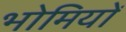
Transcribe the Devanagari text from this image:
भोमियों